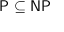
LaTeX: \mathsf { P \subseteq N P }